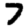
Digit: 7